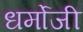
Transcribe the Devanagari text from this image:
धर्मोजी